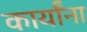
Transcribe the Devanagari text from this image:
कार्यांना